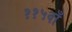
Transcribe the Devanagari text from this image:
११५वाँ